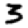
Digit: 3